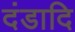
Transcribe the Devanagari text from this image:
दंडादि